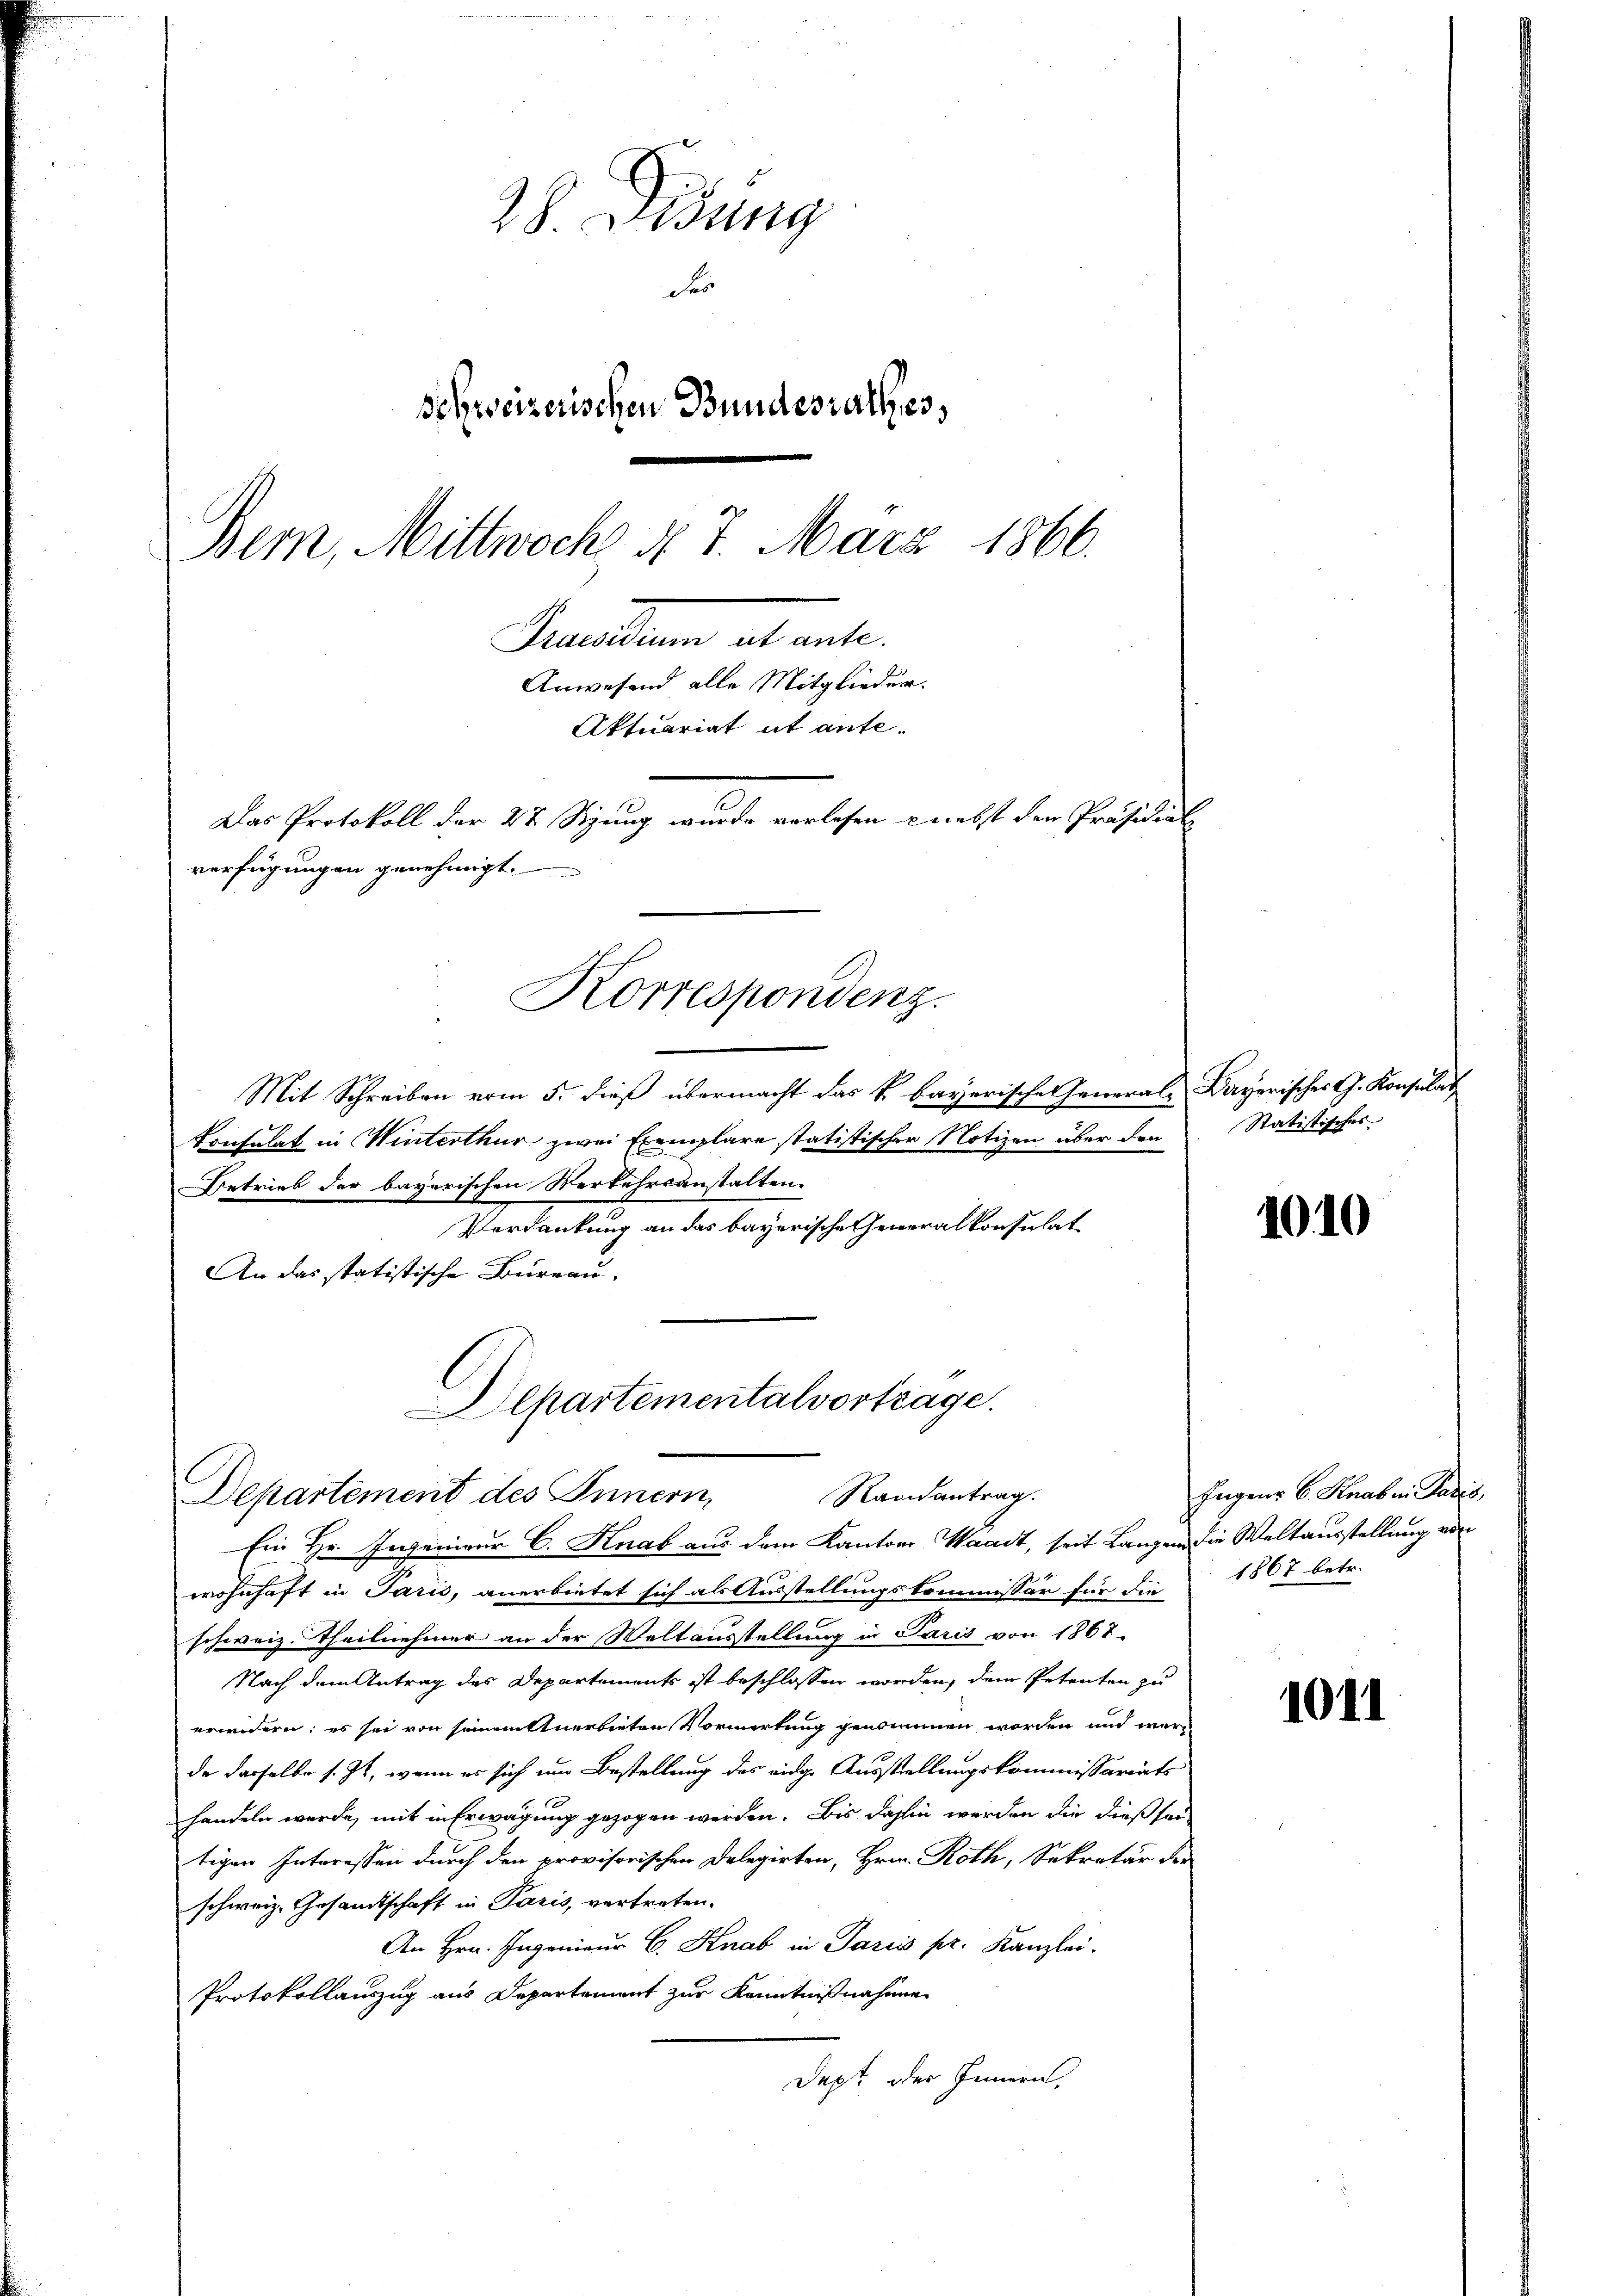
28. Didung
Ser
schweizerischen Bundesrathes,
Bern, Mittwoche d. 7. März 1866.
Mallen allenten

Mit Schreiben vom 5. dieß übermacht das k. bayerische General- Dayerisches G. Konsulat
trnfulat in Winterthur zwei Exemplare statistischer Notizen über den
Betrieb der bayerischen Verkehrsanstalten.
Perdankung an das bayerische Generalkonsulat
An das statistische Büreau.
Departementalvortrage.

Anwesend alle Mitglieder.
Aktuariat it ante-
Das Protokoll der 27 Sizung wurde verlesen nebst den Präsidial
verfügungen genehmigt.
Korrespondenz.

Randantrag.
Departement des Innern

Ein Hr. Ingenieur C. Knab aus dem Kantons Waadt, seit Langen die Weltausstellung von
wohnhaft in Paris, anerbietet sich als Ausstellungskommissär für die
schweiz. Theilnehmer an der Weltausstellung in Paris von 1867.
Nach dem Antrag des Departements ist beschlossen worden, dem Petenten zu
erwidern: es sei von seinettnerbieten Vormerkung genommen worden und werde darselbe s. Zt. wenn es sich um Bestellung des eidge Ausstellungskommissariats
0
handeln werde, mit in Erwägung gezogen werden. Bis dahin werden die dießsei
tigen Interessen durch den provisorischen Delegirten, Hrn. Roth, Sekretär der
schweiz. Gesandtschaft in Paris, vertreten.
An Hrn. Ingenieur C. Knab in Paris pr. Kanzlei.
Protokollauszug aus Departement zur Kenntnißnahme
Dept oder Innern,

Statistisches

Jugens 6. Knab in Paris,
1867 betr.

1010

1011